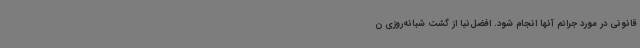
قانونی در مورد جرائم آنها انجام شود. افضل‌نیا از گشت شبانه‌روزی ن